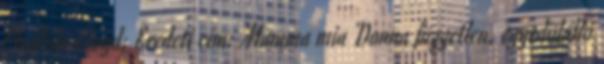
Phyllida Lloyd; Eredeti cím: Mamma mia Donna független, egyedülálló